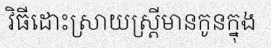
វិធីដោះស្រាយស្ត្រីមានកូនក្នុង